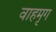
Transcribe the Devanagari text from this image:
वाहमृग